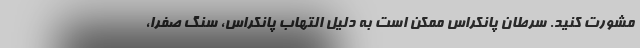
مشورت کنید. سرطان پانکراس ممکن است به دلیل التهاب پانکراس، سنگ صفرا،